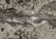
سخيفه